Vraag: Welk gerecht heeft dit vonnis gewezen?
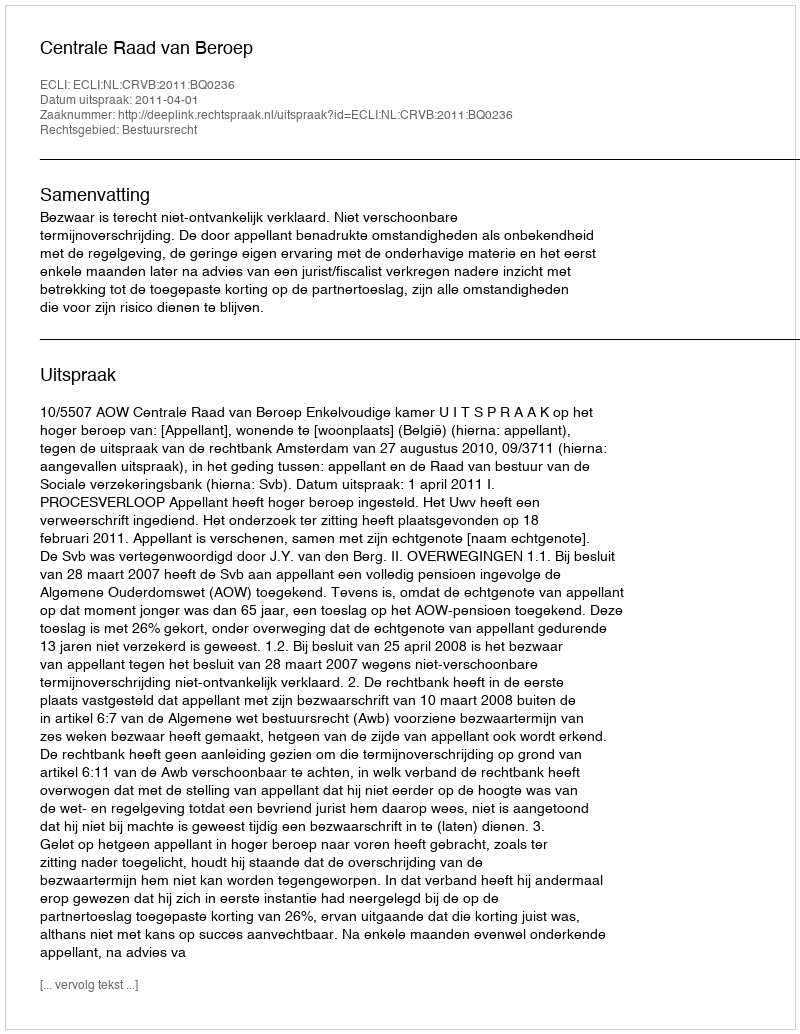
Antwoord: Centrale Raad van Beroep